Scottish Leaving Certificate Examination, 1956
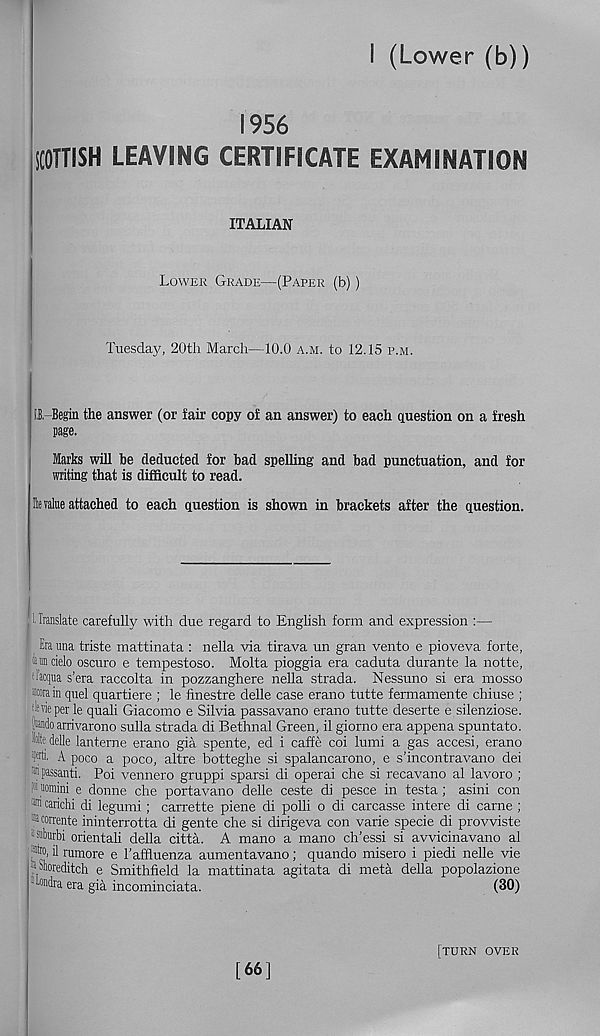
I (Lower (b))
1956
SCOTTISH LEAVING CERTIFICATE EXAMINATION
ITALIAN
Lower Grade—(Paper (b) )
Tuesday, 20th March—10.0 a.m. to 12.15 p.m.
il-Begin the answer (or fair copy of an answer) to each question on a fresh
page.
Marks will he deducted for bad spelling and bad punctuation, and for
writing that is difficult to read.
lit value attached to each question is shown in brackets after the question.
■ Translate carefully with due regard to English form and expression :—
Era una triste mattinata : nella via tirava un gran vento e pioveva forte,
'im cielo oscuro e tempestoso. Molta pioggia era caduta durante la notte,
dacqua s’era raccolta in pozzanghere nella strada. Nessuno si era mosso
«a in quel quartiere ; le finestre delle case erano tutte fermamente chiuse ;
sleviffierle quali Giacomo e Silvia passavano erano tutte deserte e silenziose.
■ tado arrivarono sulla strada di Bethnal Green, il giorno era appena spuntato.
Me delle lanterne erano gia spente, ed i caffe coi lumi a gas accesi, erano
Ni. A poco a poco, altre botteghe si spalancarono, e s’incontravano dei
:j| passanti. Poi vennero gruppi sparsi di operai che si recavano al lavoro ;
1 1 uomini e donne che portavano delle ceste di pesce in testa; asini con
* carichi di legumi; carrette piene di polli o di carcasse intere di carne ;
iJ corrente ininterrotta di gente che si dirigeva con varie specie di provviste
-suburbi orientali della citta. A mano a mano ch’essi si avvicinavano al
:*o, il rumore e I’affluenza aumentavano; quando misero i piedi nelle vie
® Shoreditch e Smithfield la mattinata agitata di meta della popolazione
Tondra era gia incominciata.
(30)
[66]
[turn over